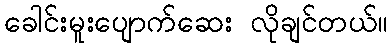
ခေါင်းမူးပျောက်ဆေး လိုချင်တယ်။